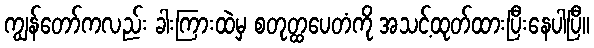
ကျွန်တော်ကလည်း ခါးကြားထဲမှ စတုတ္ထပေတံကို အသင့်ထုတ်ထားပြီးနေပါပြီ။